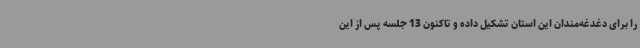
را برای دغدغه‌مندان این استان تشکیل داده و تاکنون 13 جلسه پس از این